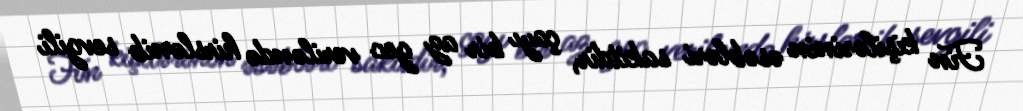
Fin kişilərinin əsəbləri sakitdir, çayı bir az gec veriləndə hirslənib sevgili